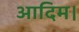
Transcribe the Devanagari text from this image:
आदिम।